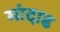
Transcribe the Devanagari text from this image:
मांदाड